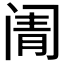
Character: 𬮬